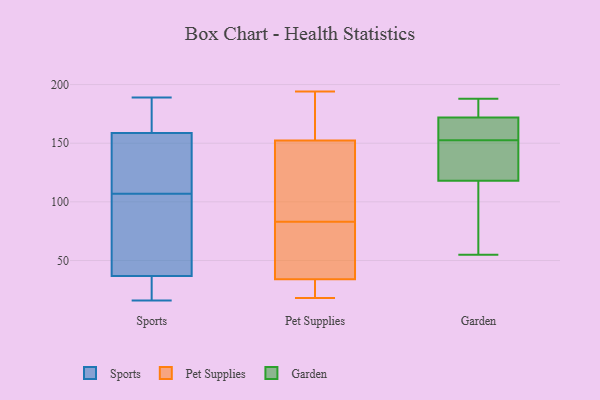
{"axis": {"x": "Tickets Resolved", "y": "Value"}, "legend": ["Garden", "Pet Supplies", "Sports"], "data": [{"x": "", "y": 39, "type": "Sports"}, {"x": "", "y": 179, "type": "Sports"}, {"x": "", "y": 107, "type": "Sports"}, {"x": "", "y": 146, "type": "Sports"}, {"x": "", "y": 25, "type": "Sports"}, {"x": "", "y": 111, "type": "Sports"}, {"x": "", "y": 39, "type": "Sports"}, {"x": "", "y": 187, "type": "Sports"}, {"x": "", "y": 189, "type": "Sports"}, {"x": "", "y": 152, "type": "Sports"}, {"x": "", "y": 96, "type": "Sports"}, {"x": "", "y": 30, "type": "Sports"}, {"x": "", "y": 120, "type": "Sports"}, {"x": "", "y": 186, "type": "Sports"}, {"x": "", "y": 17, "type": "Sports"}, {"x": "", "y": 45, "type": "Sports"}, {"x": "", "y": 16, "type": "Sports"}, {"x": "", "y": 94, "type": "Pet Supplies"}, {"x": "", "y": 19, "type": "Pet Supplies"}, {"x": "", "y": 18, "type": "Pet Supplies"}, {"x": "", "y": 27, "type": "Pet Supplies"}, {"x": "", "y": 169, "type": "Pet Supplies"}, {"x": "", "y": 52, "type": "Pet Supplies"}, {"x": "", "y": 22, "type": "Pet Supplies"}, {"x": "", "y": 69, "type": "Pet Supplies"}, {"x": "", "y": 28, "type": "Pet Supplies"}, {"x": "", "y": 57, "type": "Pet Supplies"}, {"x": "", "y": 194, "type": "Pet Supplies"}, {"x": "", "y": 194, "type": "Pet Supplies"}, {"x": "", "y": 153, "type": "Pet Supplies"}, {"x": "", "y": 83, "type": "Pet Supplies"}, {"x": "", "y": 150, "type": "Pet Supplies"}, {"x": "", "y": 138, "type": "Pet Supplies"}, {"x": "", "y": 73, "type": "Pet Supplies"}, {"x": "", "y": 156, "type": "Pet Supplies"}, {"x": "", "y": 96, "type": "Pet Supplies"}, {"x": "", "y": 161, "type": "Garden"}, {"x": "", "y": 55, "type": "Garden"}, {"x": "", "y": 144, "type": "Garden"}, {"x": "", "y": 118, "type": "Garden"}, {"x": "", "y": 170, "type": "Garden"}, {"x": "", "y": 74, "type": "Garden"}, {"x": "", "y": 172, "type": "Garden"}, {"x": "", "y": 180, "type": "Garden"}, {"x": "", "y": 188, "type": "Garden"}, {"x": "", "y": 133, "type": "Garden"}]}